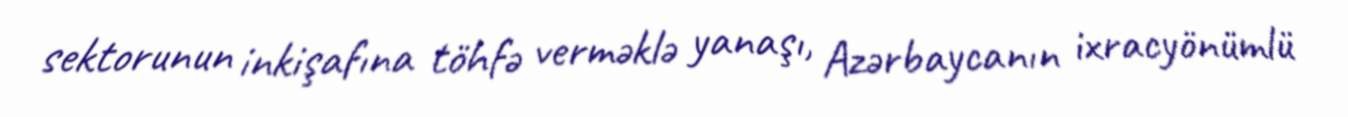
sektorunun inkişafına töhfə verməklə yanaşı, Azərbaycanın ixracyönümlü